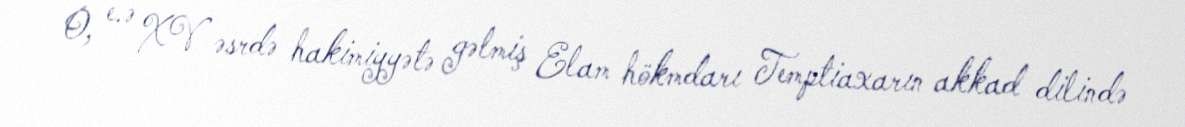
O, e.ə XV əsrdə hakimiyyətə gəlmiş Elam hökmdarı Temptiaxarın akkad dilində